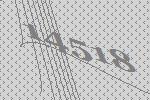
14518